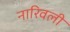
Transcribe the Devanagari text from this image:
नारिवली